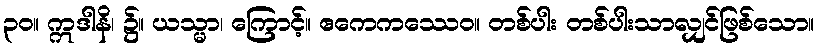
၃၀။ ဣဒါနိ၊ ၌။ ယသ္မာ၊ ကြောင့်။ ဧကေကဿေဝ။ တစ်ပါး တစ်ပါးသာလျှင်ဖြစ်သော။